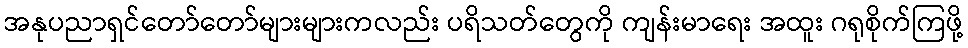
အနုပညာရှင်တော်တော်များများကလည်း ပရိသတ်တွေကို ကျန်းမာရေး အထူး ဂရုစိုက်ကြဖို့